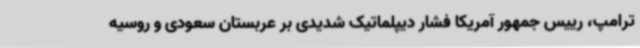
ترامپ، رییس جمهور آمریکا فشار دیپلماتیک شدیدی بر عربستان سعودی و روسیه